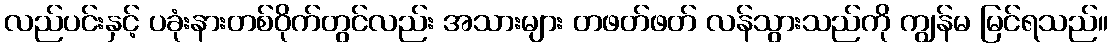
လည်ပင်းနှင့် ပခုံးနားတစ်ဝိုက်တွင်လည်း အသားများ တဖတ်ဖတ် လန်သွားသည်ကို ကျွန်မ မြင်ရသည်။